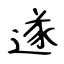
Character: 遂